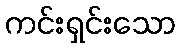
ကင်းရှင်းသော